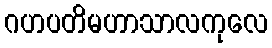
ဂဟပတိမဟာသာလကုလေ